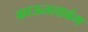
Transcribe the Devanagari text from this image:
काऊतलाबंग